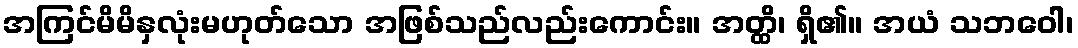
အကြင်မိမိနှလုံးမဟုတ်သော အဖြစ်သည်လည်းကောင်း။ အတ္ထိ၊ ရှိ၏။ အယံ သဘဝေါ၊